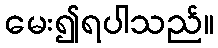
မေး၍ရပါသည်။